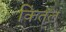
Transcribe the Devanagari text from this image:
कितल